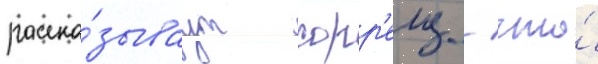
расска́зываут сорр'елу / что́